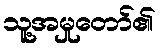
သူ့အမှုတော်၏